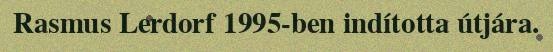
Rasmus Lerdorf 1995-ben indította útjára.